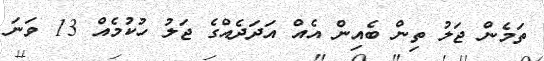
ތަމެން ޖަލު ތިން ބެއިން އެއް އަދަދެއްގެ ޖަލު ހުކުމެއް 13 ވަނަ